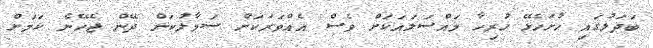
ބަދަލުގައި ހުށަހެޅޭ ހުރިހާ މައްސަލައަކަށް ވެސް އެއްވަރަަކަށް ސަމާލުކަން ދޭން ޖެހޭނެ ކަމަށް